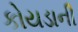
કોયડાની